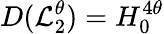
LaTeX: D(\mathcal{L}_{2}^{\theta})=H_{0}^{4\theta}